Vaccination in Bombay 1856-1862 - 1856-1862
Year: 1856
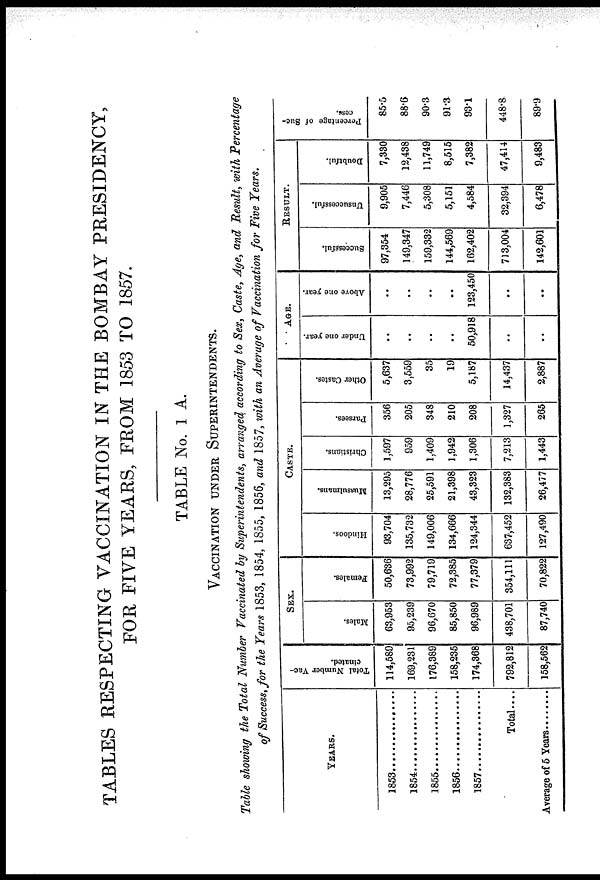
TABLES RESPECTING VACCINATION IN THE BOMBAY PRESIDENCY,
FOR FIVE YEARS, FROM 1853 TO 1857.
TABLE No. 1 A.
VACCINATION UNDER SUPERINTENDENTS.
Table showing the Total Number Vaccinated by Superintendents, arranged according to Sex, Caste, Age, and Result, with Percentage
of Success, for the Years 1853, 1854, 1855, 1856, and 1857, with an Average of Vaccination for Five Years.
YEARS.
1853 ....................
1854....................
1855....................
1856....................
1857....................
Total....
Average of 5 Years .........
Total Number Vac-
cinated.
114,589
169,231
176,389
158,235
174,368
792,812
158,562
SEX.
Males.
63,953
95,239
96,670
85,850
96,989
438,701
87,740
Females.
50,636
73,992
79,719
72,385
77,379
354,111
70,822
CASTE.
Hindoos.
93,704
135,732
149,006
134,666
124,344
637,452
127,490
Mussulmans.
13,295
28,776
25,591
21,398
43,323
132,383
26,477
Christians.
1,597
959
1,409
1,942
1,306
7,213
1,443
Parsees.
356
205
348
210
208
1,327
265
Other Castes.
5,637
3,559
35
19
5,187
14,437
2,887
AGE.
Under one year.
..
..
..
..
50,918
..
..
Above one year.
..
..
..
..
123,450
..
..
RESULT.
Successful.
97,354
149,347
159,332
144,569
162,402
713,004
142,601
Unsuccessful.
9,905
7,446
5,308
5,151
4,584
32,394
6,478
Doubtful.
7,330
12,438
11,749
8,515
7,382
47,414
9,483
Percentage of Suc-
cess.
85.5
88.6
90.3
91.3
93.1
448.8
89.9